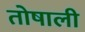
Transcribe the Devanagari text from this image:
तोषाली